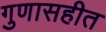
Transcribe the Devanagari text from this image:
गुणासहीत